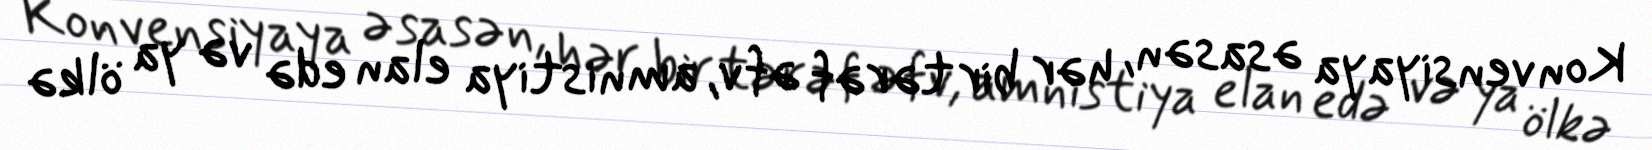
Konvensiyaya əsasən, hər bir tərəf əfv, amnistiya elan edə və ya ölkə